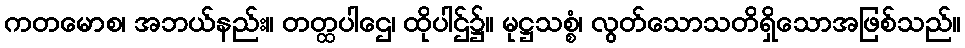
ကတမောစ၊ အဘယ်နည်း။ တတ္ထပါဌေ၊ ထိုပါဌ်၌။ မုဋ္ဌသစ္စံ၊ လွတ်သောသတိရှိသောအဖြစ်သည်။